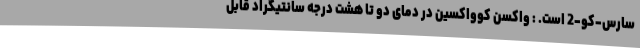
سارس-کو-2 است. : واکسن کوواکسین در دمای دو تا هشت درجه سانتیگراد قابل